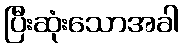
ပြီးဆုံးသောအခါ